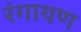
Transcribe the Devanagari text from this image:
रंगायण